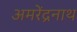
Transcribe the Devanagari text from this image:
अमरेंद्रनाथ